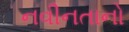
નવીનતાનો